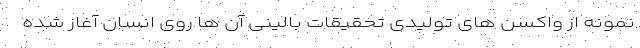
نمونه از واکسن های تولیدی تحقیقات بالینی آن ها روی انسان آغاز شده